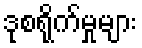
ဒုစရိုက်မှုများ